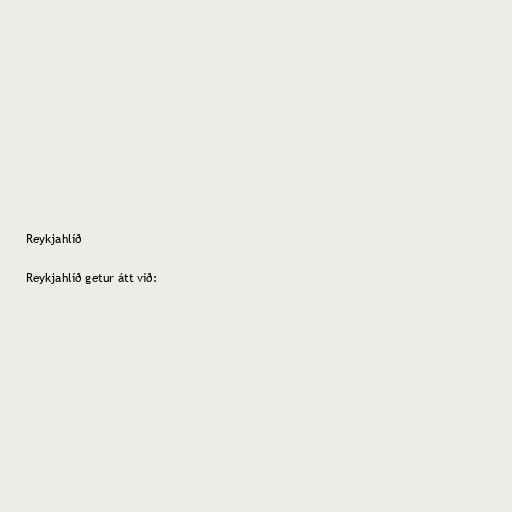
Reykjahlíð

Reykjahlíð getur átt við: